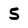
Character: 5